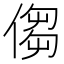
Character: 㑳